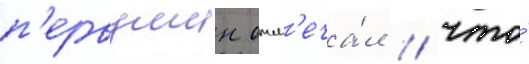
п'ервушин отм'еча́л / что́